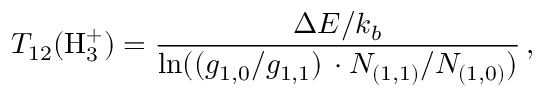
T _ { 1 2 } ( \mathrm { H } _ { 3 } ^ { + } ) = \frac { \Delta E / k _ { b } } { \ln ( ( g _ { 1 , 0 } / g _ { 1 , 1 } ) \, \cdot N _ { ( 1 , 1 ) } / N _ { ( 1 , 0 ) } ) } \, ,